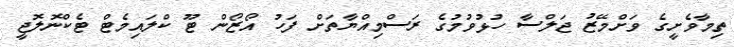
ތިމާވެށީގެ ވަށްމޭޒު ޖަލްސާ ހުޅުވުމުގެ ރަސްމިއްޔާތަށް ފަހު އޯޒޯން ޓޫ ކްލައިމެޓް ޓެކްނޮލޮޖީ